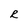
Character: R